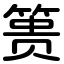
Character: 篑